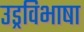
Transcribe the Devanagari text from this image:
उड्रविभाषा